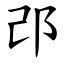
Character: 邔